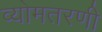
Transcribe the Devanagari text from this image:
व्योमतरणी